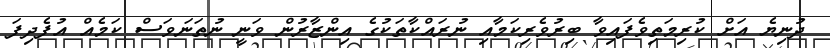
ދުނިޔެ އަށް ކުރިމަތިވެފައިވާ ބިރުވެރިކަމާއި ނުރައްކާތަކުގެ އިންޒާރުން ވަނީ ނުތަނަވަސް ކަމެއް އުފެދިފަ